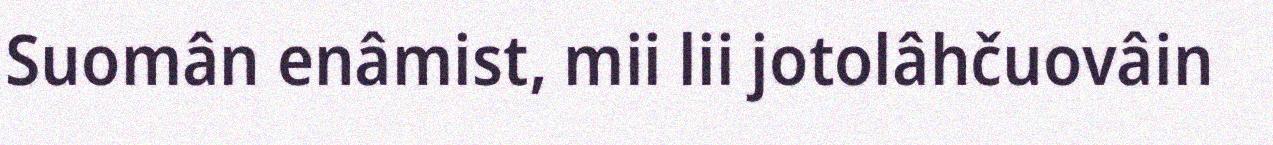
Suomân enâmist, mii lii jotolâhčuovâin